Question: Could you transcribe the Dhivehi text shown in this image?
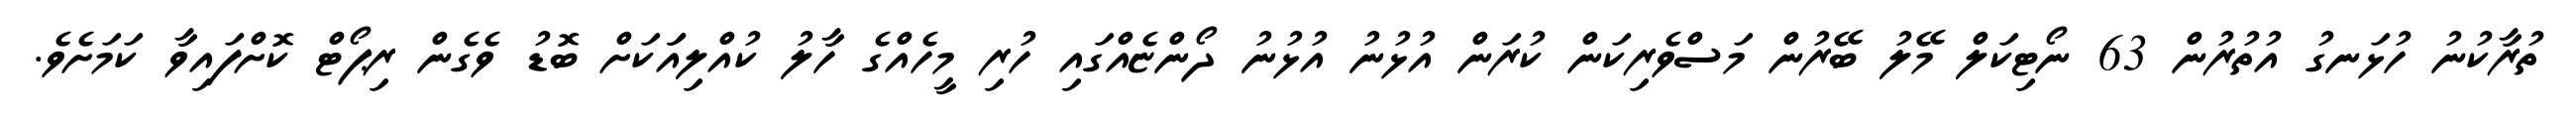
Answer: ތުރާކުނު ހުޅަނގު އުތުރުން 63 ނޯޓިކަލް މޭލު ބޭރުން މަސްވެރިކަން ކުރަން އުޅުނު އުޅުނު ދޯންޏެއްގައި ހުރި މީހެއްގެ ހާލު ކުއްލިއަަކަށް ބޮޑު ވެގެން ރިޕޯޓް ކޮށްފައިވާ ކަމަށެވެ.